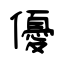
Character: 優